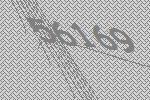
56169